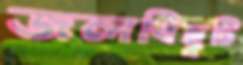
জলবিছুটি